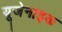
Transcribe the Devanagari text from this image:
यूजेनाइक